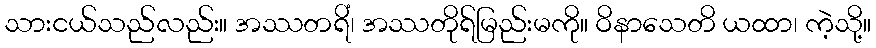
သားငယ်သည်လည်း။ အဿတရိံ၊ အဿတိုရ်မြည်းမကို။ ဝိနာသေတိ ယထာ၊ ကဲ့သို့။